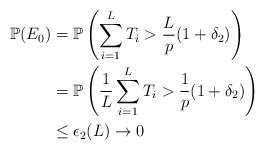
LaTeX: \begin{align*}\mathbb{P}(E_0) & = \mathbb{P}\left( \displaystyle\sum\limits_{i = 1}^{L} T_i > \frac{L}{p}(1 + \delta_2) \right) \\& = \mathbb{P}\left( \frac{1}{L} \displaystyle\sum\limits_{i = 1}^{L} T_i > \frac{1}{p}(1 + \delta_2) \right) \\ & \le \epsilon_2 ( L) \rightarrow 0\end{align*}